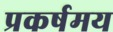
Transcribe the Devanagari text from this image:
प्रकर्षमय